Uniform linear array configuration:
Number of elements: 32
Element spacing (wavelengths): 0.25
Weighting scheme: exponential
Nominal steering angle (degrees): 0
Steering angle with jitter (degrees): -0.9184
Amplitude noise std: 0.05
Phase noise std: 0.05

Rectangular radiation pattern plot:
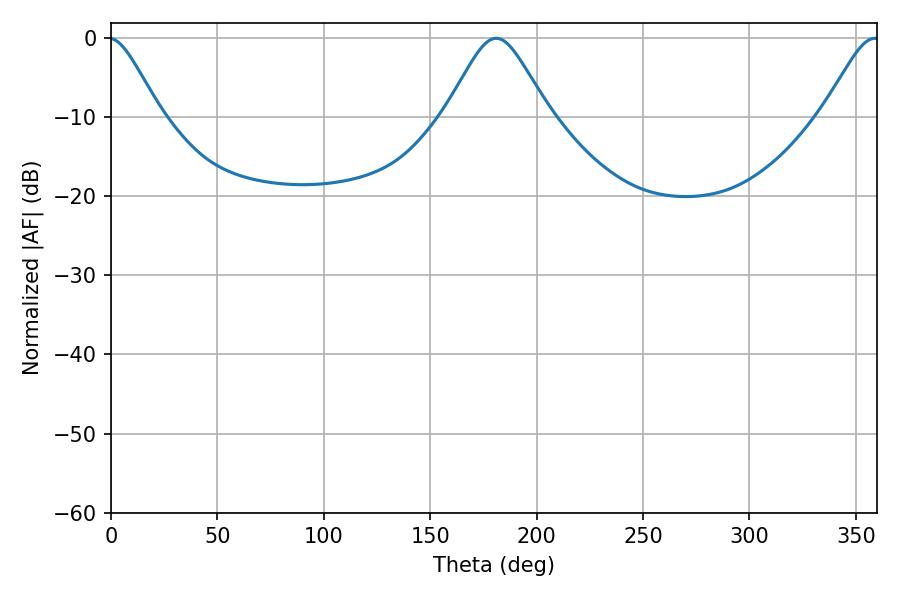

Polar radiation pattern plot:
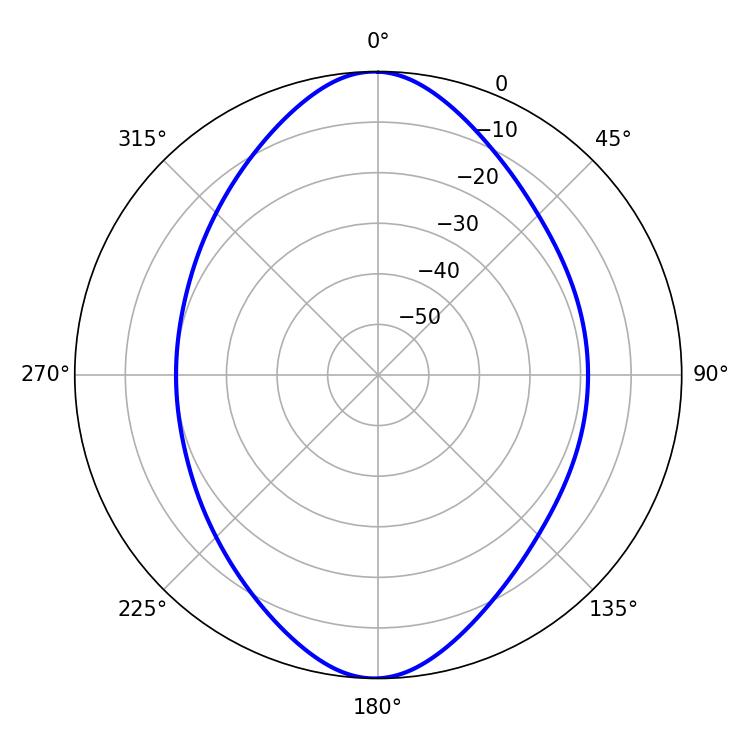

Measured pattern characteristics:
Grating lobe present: FALSE
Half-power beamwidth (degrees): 23.4
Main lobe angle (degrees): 181.08